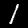
Digit: 1